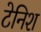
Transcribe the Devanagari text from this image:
टेनिश